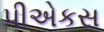
પીએકસ